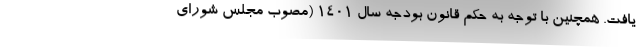
یافت. همچنین با توجه به حکم قانون بودجه سال ۱۴۰۱ (مصوب مجلس شورای